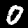
Digit: 0